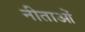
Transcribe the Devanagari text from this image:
नीताओं